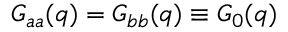
G _ { a a } ( q ) = G _ { b b } ( q ) \equiv G _ { 0 } ( q )